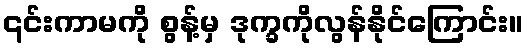
၎င်းကာမကို စွန့်မှ ဒုက္ခကိုလွန်နိုင်ကြောင်း။